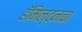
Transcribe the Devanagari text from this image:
हॅमिल्टनचा